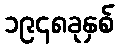
၁၉၄၈ခုနှစ်